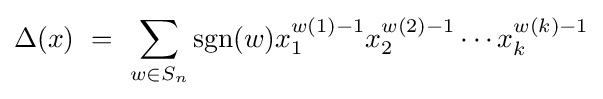
\Delta (x)\ =\ \sum _{w\in S_{n}}\operatorname {sgn}(w)x_{1}^{w(1)-1}x_{2}^{w(2)-1}\cdots x_{k}^{w(k)-1}